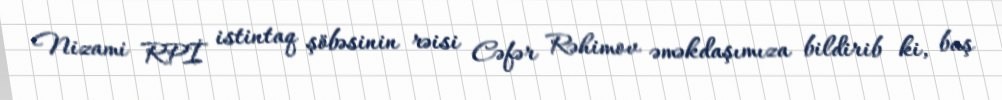
Nizami RPİ istintaq şöbəsinin rəisi Cəfər Rəhimov əməkdaşımıza bildirib ki, baş